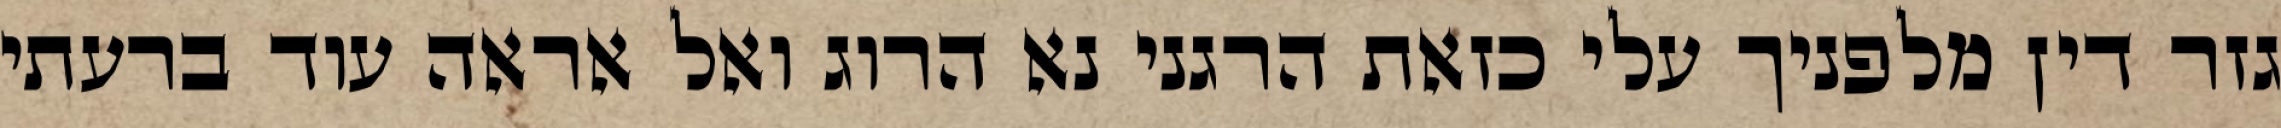
גזר דין מלפניך עלי כזאת הרגני נא הרוג ואל אראה עוד ברעתי